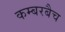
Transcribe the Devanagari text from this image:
कम्बरबैच